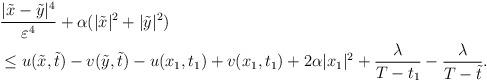
LaTeX: \begin{align*}\begin{aligned}&\frac{|\tilde{x}-\tilde{y}|^4}{\varepsilon^4}+\alpha(|\tilde{x}|^2+|\tilde{y}|^2)\\&\leq u(\tilde{x}, \tilde{t})-v(\tilde{y}, \tilde{t})- u(x_1, t_1)+v(x_1, t_1)+2\alpha|x_1|^2+{\lambda\over T-t_1}-{\lambda\over T-\tilde{t}}.\end{aligned}\end{align*}